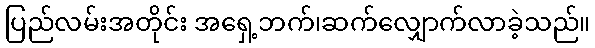
ပြည်လမ်းအတိုင်း အရှေ့ဘက်၊ဆက်လျှောက်လာခဲ့သည်။